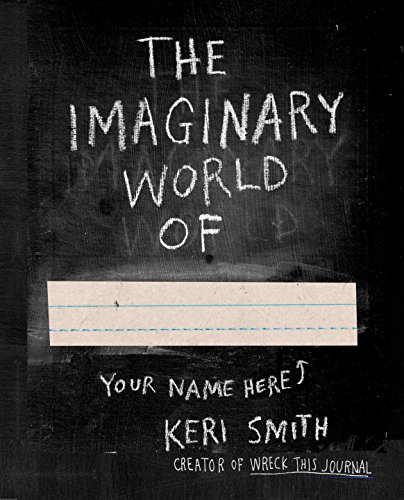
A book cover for The Imaginary World Of...; Keri Smith; Crafts, Hobbies & Home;